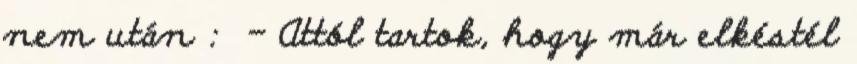
nem után : - Attól tartok, hogy már elkéstél